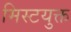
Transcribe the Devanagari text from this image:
मिस्टयुक्त